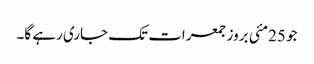
جو 25مئی بروز جمعرات تک جاری رہے گا۔